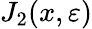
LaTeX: J_{2}(x,\varepsilon)